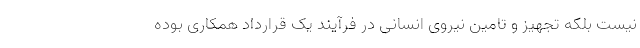
نیست بلکه تجهیز و تامین نیروی انسانی در فرآیند یک قرارداد همکاری بوده